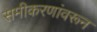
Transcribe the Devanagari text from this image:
समीकरणांवरून